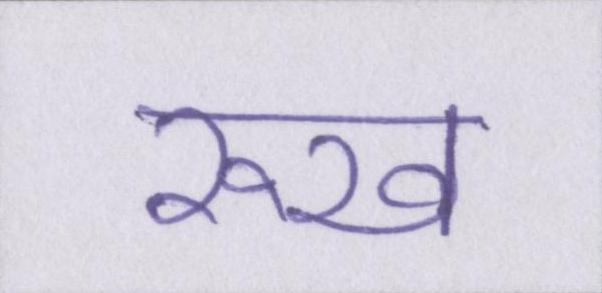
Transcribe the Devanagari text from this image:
रूख